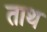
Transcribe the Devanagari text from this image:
ताथ